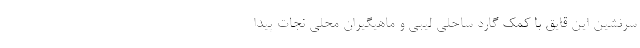
سرنشین این قایق با کمک گارد ساحلی لیبی و ماهیگیران محلی نجات پیدا